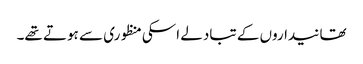
تھانیداروں کے تبادلے اسکی منظوری سے ہوتے تھے۔